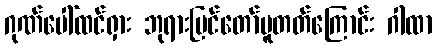
ဂုဏ်ပေါ်ထင်ရှား ဘုရားမြင်တော်မူတတ်ကြောင်း ဂါထာ